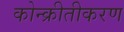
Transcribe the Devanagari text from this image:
कोन्क्रीतीकरण